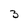
Character: 3